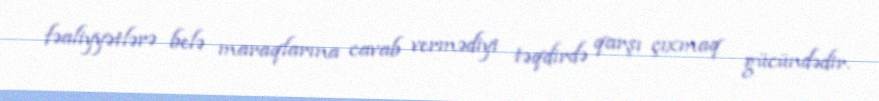
fəaliyyətlərə belə maraqlarına cavab vermədiyi təqdirdə qarşı çıxmaq gücündədir.